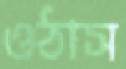
ওঠাস